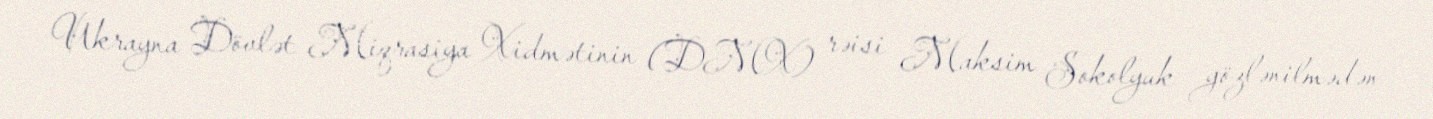
Ukrayna Dövlət Miqrasiya Xidmətinin (DMX) rəisi Maksim Sokolyuk gözlənilmədən